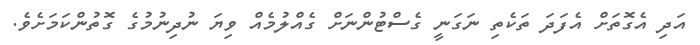
އަދި އެގޮތަށް އެފަދަ ތަކެތި ނަގަނީ ގެސްޓުންނަށް ގެއްލުމެއް ވިޔަ ނުދިނުމުގެ ގޮތުންކަމަށެވެ.